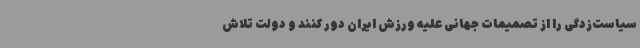
سیاست‌زدگی را از تصمیمات جهانی علیه ورزش ایران دور کنند و دولت تلاش